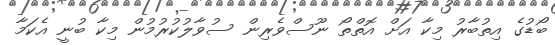
ބޯޑުގެ އިތުބާރު މިކާ އަށް އޮތްތޯ ނޫސްވެރިން ސުވާލުކުރުމުން މިކާ ބުނީ އެކަމާ